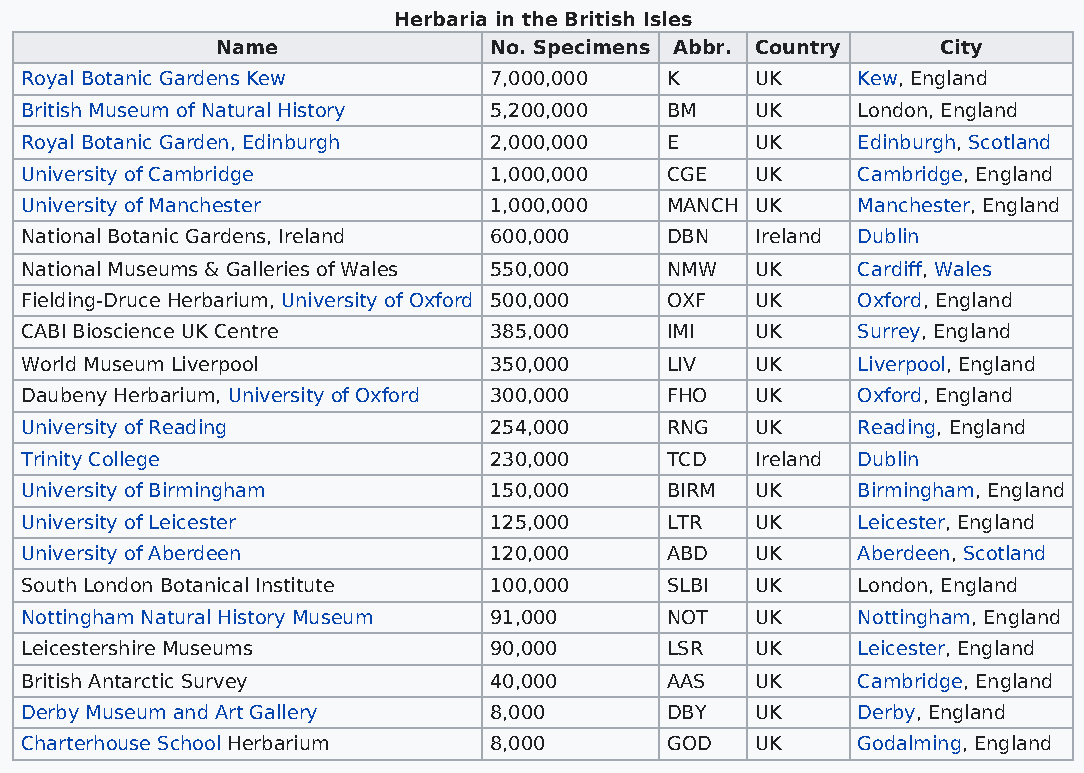
Herbaria in the British Isles
 Name              No. Specimens Abbr. Country   City
 Royal Botanic Gardens Kew      7,000,000   K     UK     Kew, England
 British Museum of Natural History 5,200,000 BM   UK     London, England
 Royal Botanic Garden, Edinburgh 2,000,000  E     UK     Edinburgh, Scotland
 University of Cambridge        1,000,000   CGE   UK     Cambridge, England
 University of Manchester       1,000,000   MANCH UK     Manchester, England
 National Botanic Gardens, Ireland 600,000  DBN   Ireland Dublin
 National Museums & Galleries of Wales 550,000 NMW UK    Cardiff, Wales
 Fielding-Druce Herbarium, University of Oxford 500,000 OXF UK Oxford, England
 CABI Bioscience UK Centre      385,000     IMI   UK     Surrey, England
 World Museum Liverpool         350,000     LIV   UK     Liverpool, England
 Daubeny Herbarium, University of Oxford 300,000 FHO UK  Oxford, England
 University of Reading          254,000     RNG   UK     Reading, England
 Trinity College                230,000     TCD   Ireland Dublin
 University of Birmingham       150,000     BIRM  UK     Birmingham, England
 University of Leicester        125,000     LTR   UK     Leicester, England
 University of Aberdeen         120,000     ABD   UK     Aberdeen, Scotland
 South London Botanical Institute 100,000   SLBI  UK     London, England
 Nottingham Natural History Museum 91,000   NOT   UK     Nottingham, England
 Leicestershire Museums         90,000      LSR   UK     Leicester, England
 British Antarctic Survey       40,000      AAS   UK     Cambridge, England
 Derby Museum and Art Gallery   8,000       DBY   UK     Derby, England
 Charterhouse School Herbarium  8,000       GOD   UK     Godalming, England